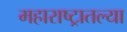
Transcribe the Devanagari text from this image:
महाराष्‍ट्रातल्या